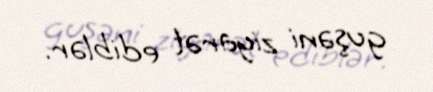
guşəni ziyarət ediblər.